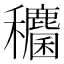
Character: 𮃶